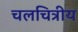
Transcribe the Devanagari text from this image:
चलचित्रीय